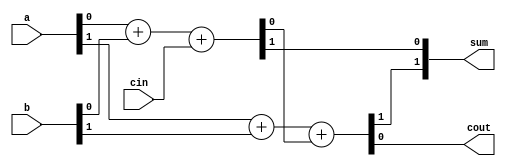
module manchester_carry_chain_adder (
    input [1:0] a,
    input [1:0] b,
    input cin,
    output [1:0] sum,
    output cout
);

wire c1, c2;

assign {sum[0], c1} = a[0] + b[0] + cin;
assign {sum[1], c2} = a[1] + b[1] + c1;
assign cout = c2;

endmodule